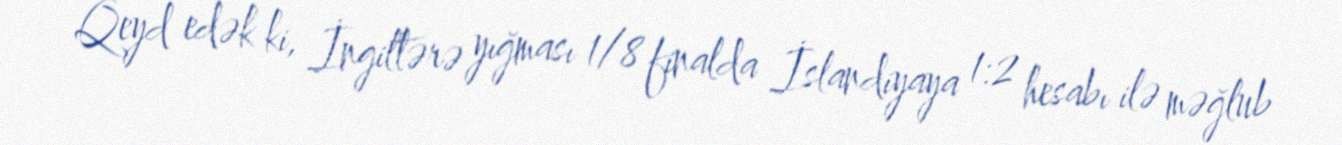
Qeyd edək ki, İngiltərə yığması 1/8 finalda İslandiyaya 1:2 hesabı ilə məğlub